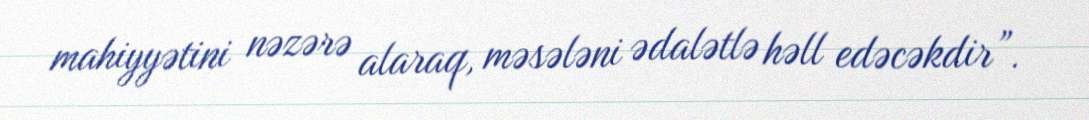
mahiyyətini nəzərə alaraq, məsələni ədalətlə həll edəcəkdir”.